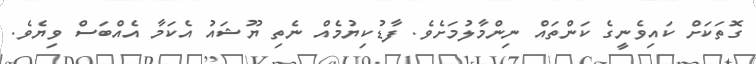
ގޮތަކަށް ކައިވެނީގެ ކަންތައް ނިންމާލުމަށެވެ. ފާޑުކިޔުމެއް ނެތި ޔޫޝައު އެކަމާ އެއްބަސް ވިޔެވެ.